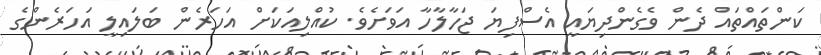
ކަންތައްތައް ދެން ވެގެންދިޔައީ އެސްފިޔަ ޖަހާލާހާ އަވަށެވެ. ކުއްލިއަކަށް އަހަރެން ބަލައިލީ އަހަރެންގެ